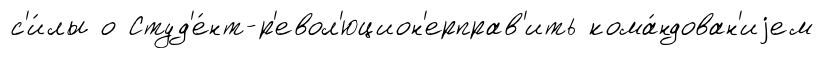
с'и́лы о Студ'е́нт-р'евол'юцион'ерправ'ить кома́ндован'иjем